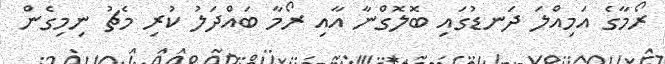
ރޯމާގެ އަމިއްލަ ދަނޑުގައި ބޮލޮގްނާ އާއި ރޯމާ ބައްދަލު ކުރި މެޗު ނިމިގެން